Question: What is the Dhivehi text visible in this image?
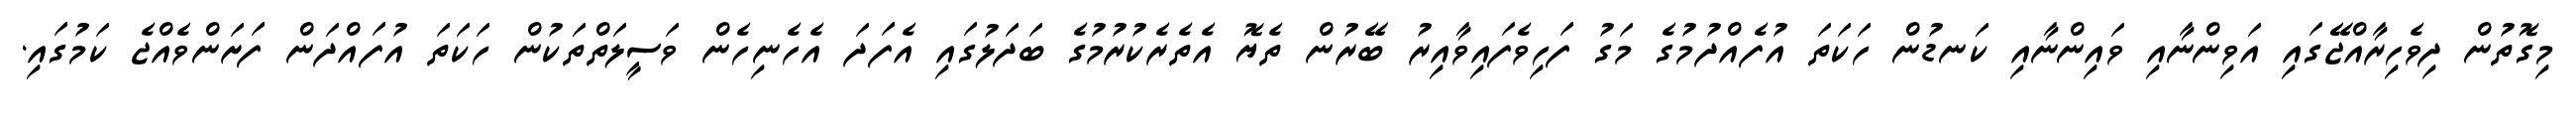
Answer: މިގޮތުން ދިވެހިރާއްޖޭގައި އަވިންނާއި ވައިންނާއި ކަނޑުން ހަކަތަ އުފެއްދުމުގެ މަގު ފަހިވެފައިވާއިރު ބޭރުން ތެޔޮ އެތެރެކުރުމުގެ ބަދަލުގައި އެފަދަ އެހެނިހެން ވަސީލަތްތަކުން ހަކަތަ އުފައްދަން ފަށަންވެއްޖެ ކަމުގައި.